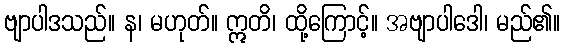
ဗျာပါဒသည်။ န၊ မဟုတ်။ ဣတိ၊ ထို့ကြောင့်။ အဗျာပါဒေါ၊ မည်၏။